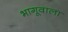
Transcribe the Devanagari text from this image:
भागूवाला